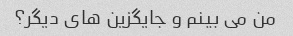
من می بینم و جایگزین های دیگر؟